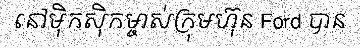
នៅម៉ិកស៊ិកម្ចាស់ក្រុមហ៊ុន Ford បាន